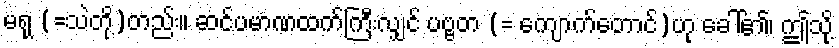
မရု (=သဲတို့)တည်း။ ဆင်ပမာဏထက်ကြီးလျှင် ပဗ္ဗတ (= ကျောက်တောင်)ဟု ခေါ်၏၊ ဤသို့